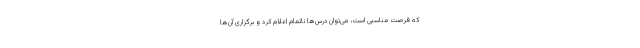
که فرصت مناسبی است، می‌توان درس‌ها ناتمام اعلام کرد و برگزاری آن‌ها